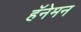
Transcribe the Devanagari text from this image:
हॅनेमन